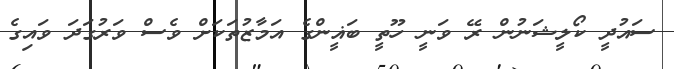
ސައުދީ ކޯލީޝަނުން ރޭ ވަނީ ހޫތީ ބަޣީންގެ އަމާޒުތަކަށް ވެސް ވަރުގަދަ ވައިގެ